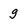
Character: g